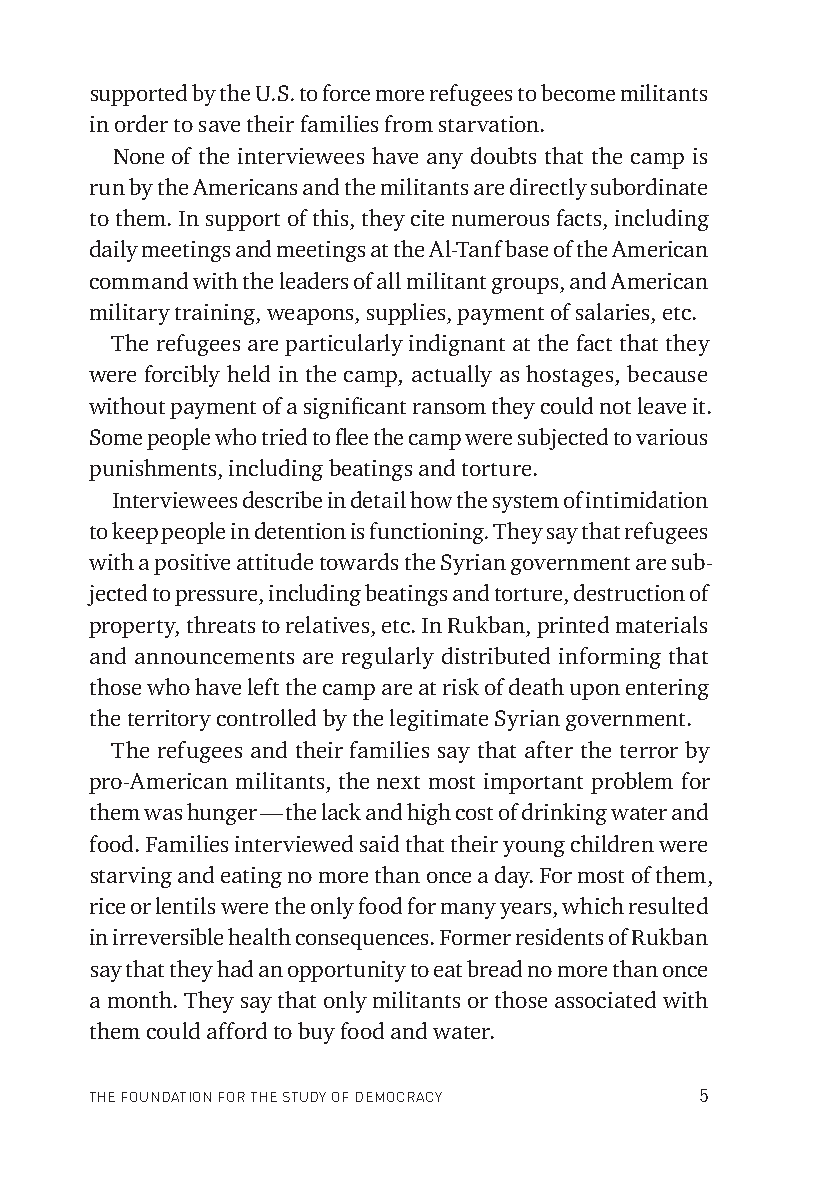
supported by the U.S. to force more refugees to become militants
 in order to save their families from starvation.
 None of the interviewees have any doubts that the camp is
 run by the Americans and the militants are directly subordinate
 to them. In support of this, they cite numerous facts, including
 daily meetings and meetings at the Al-Tanf base of the American
 command with the leaders of all militant groups, and American
 military training, weapons, supplies, payment of salaries, etc.
 The refugees are particularly indignant at the fact that they
 were forcibly held in the camp, actually as hostages, because
 without payment of a signifi cant ransom they could not leave it.
 Some people who tried to fl ee the camp were subjected to various
 punishments, including beatings and torture.
 Interviewees describe in detail how the system of intimidation
 to keep people in detention is functioning. They say that refugees
 with a positive attitude towards the Syrian government are sub-
 jected to pressure, including beatings and torture, destruction of
 property, threats to relatives, etc. In Rukban, printed materials
 and announcements are regularly distributed informing that
 those who have left the camp are at risk of death upon entering
 the territory controlled by the legitimate Syrian government.
 The refugees and their families say that after the terror by
 pro-American militants, the next most important problem for
 them was hunger — the lack and high cost of drinking water and
 food. Families interviewed said that their young children were
 starving and eating no more than once a day. For most of them,
 rice or lentils were the only food for many years, which resulted
 in irreversible health consequences. Former residents of Rukban
 say that they had an opportunity to eat bread no more than once
 a month. They say that only militants or those associated with
 them could afford to buy food and water.
 THE FOUNDATION FOR THE STUDY OF DEMOCRACY 5